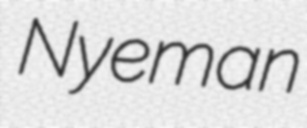
Nyeman